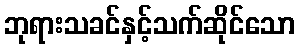
ဘုရားသခင်နှင့်သက်ဆိုင်သော